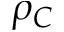
\rho _ { C }